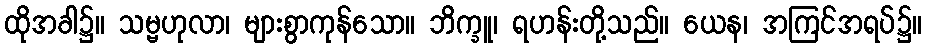
ထိုအခါ၌။ သမ္ဗဟုလာ၊ များစွာကုန်သော။ ဘိက္ခူ၊ ရဟန်းတို့သည်။ ယေန၊ အကြင်အရပ်၌။